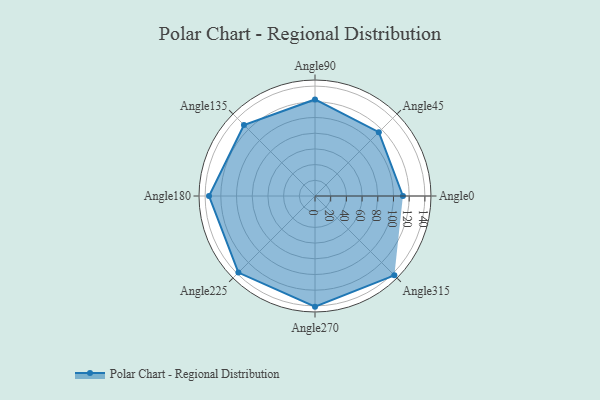
{"axis": {"x": "Angle", "y": "Radius"}, "legend": [""], "data": [{"x": "Angle0", "y": 112.0, "type": ""}, {"x": "Angle45", "y": 115.0, "type": ""}, {"x": "Angle90", "y": 123.0, "type": ""}, {"x": "Angle135", "y": 128.0, "type": ""}, {"x": "Angle180", "y": 135.0, "type": ""}, {"x": "Angle225", "y": 138.0, "type": ""}, {"x": "Angle270", "y": 141.0, "type": ""}, {"x": "Angle315", "y": 143.0, "type": ""}]}